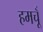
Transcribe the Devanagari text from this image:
हमचूँ